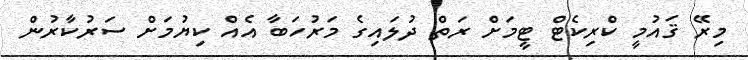
މިރޭ ޤައުމީ ކްރިކެޓް ޓީމަށް ރަތް ދުލައިގެ މަރުހަބާ އެއް ކިޔުމަށް ސަރުކާރުން